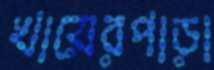
খায়েরপাড়া